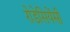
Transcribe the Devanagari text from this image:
रोडेसियेंसी